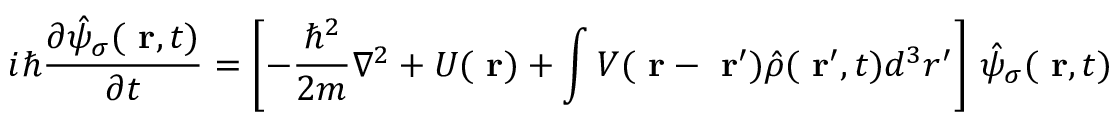
i \hbar \frac { \partial \hat { \psi } _ { \sigma } ( \mathrm { \bf ~ r } , t ) } { \partial t } = \left[ - \frac { \hbar ^ { 2 } } { 2 m } \nabla ^ { 2 } + U ( \mathrm { \bf ~ r } ) + \int V ( \mathrm { \bf ~ r } - \mathrm { \bf ~ r } ^ { \prime } ) \hat { \rho } ( \mathrm { \bf ~ r } ^ { \prime } , t ) d ^ { 3 } r ^ { \prime } \right] \, \hat { \psi } _ { \sigma } ( \mathrm { \bf ~ r } , t )